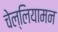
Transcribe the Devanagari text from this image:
चेल्लियामन